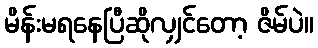
မိန်းမရနေပြီဆိုလျှင်တော့ ဇိမ်ပဲ။